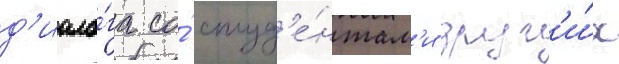
д'иало́га со́ студ'е́нтам'и друг'и́х